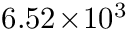
6 . 5 2 \! \times \! 1 0 ^ { 3 }